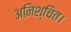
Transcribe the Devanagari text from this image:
अनिश्चित।